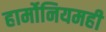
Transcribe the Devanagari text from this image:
हार्मोनियमही